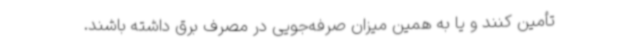
تأمین کنند و یا به همین میزان صرفه‌جویی در مصرف برق داشته باشند.